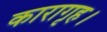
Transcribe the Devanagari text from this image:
कारागृह।